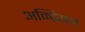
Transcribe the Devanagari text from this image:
अम्ब्रियन